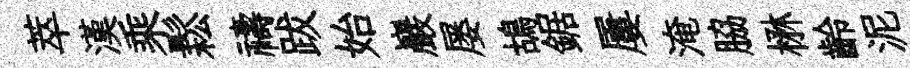
萃漢乘鬆禱跋始巖屡鴣鋸屢淹脇楙齡泥